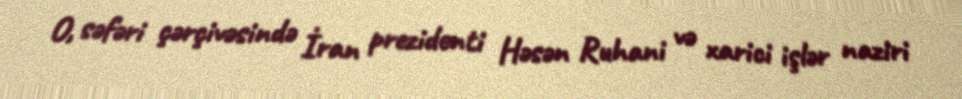
O, səfəri çərçivəsində İran prezidenti Həsən Ruhani və xarici işlər naziri